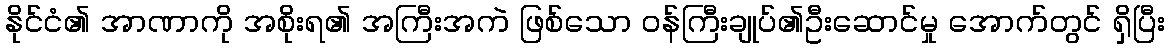
နိုင်ငံ၏ အာဏာကို အစိုးရ၏ အကြီးအကဲ ဖြစ်သော ဝန်ကြီးချုပ်၏ဦးဆောင်မှု အောက်တွင် ရှိပြီး